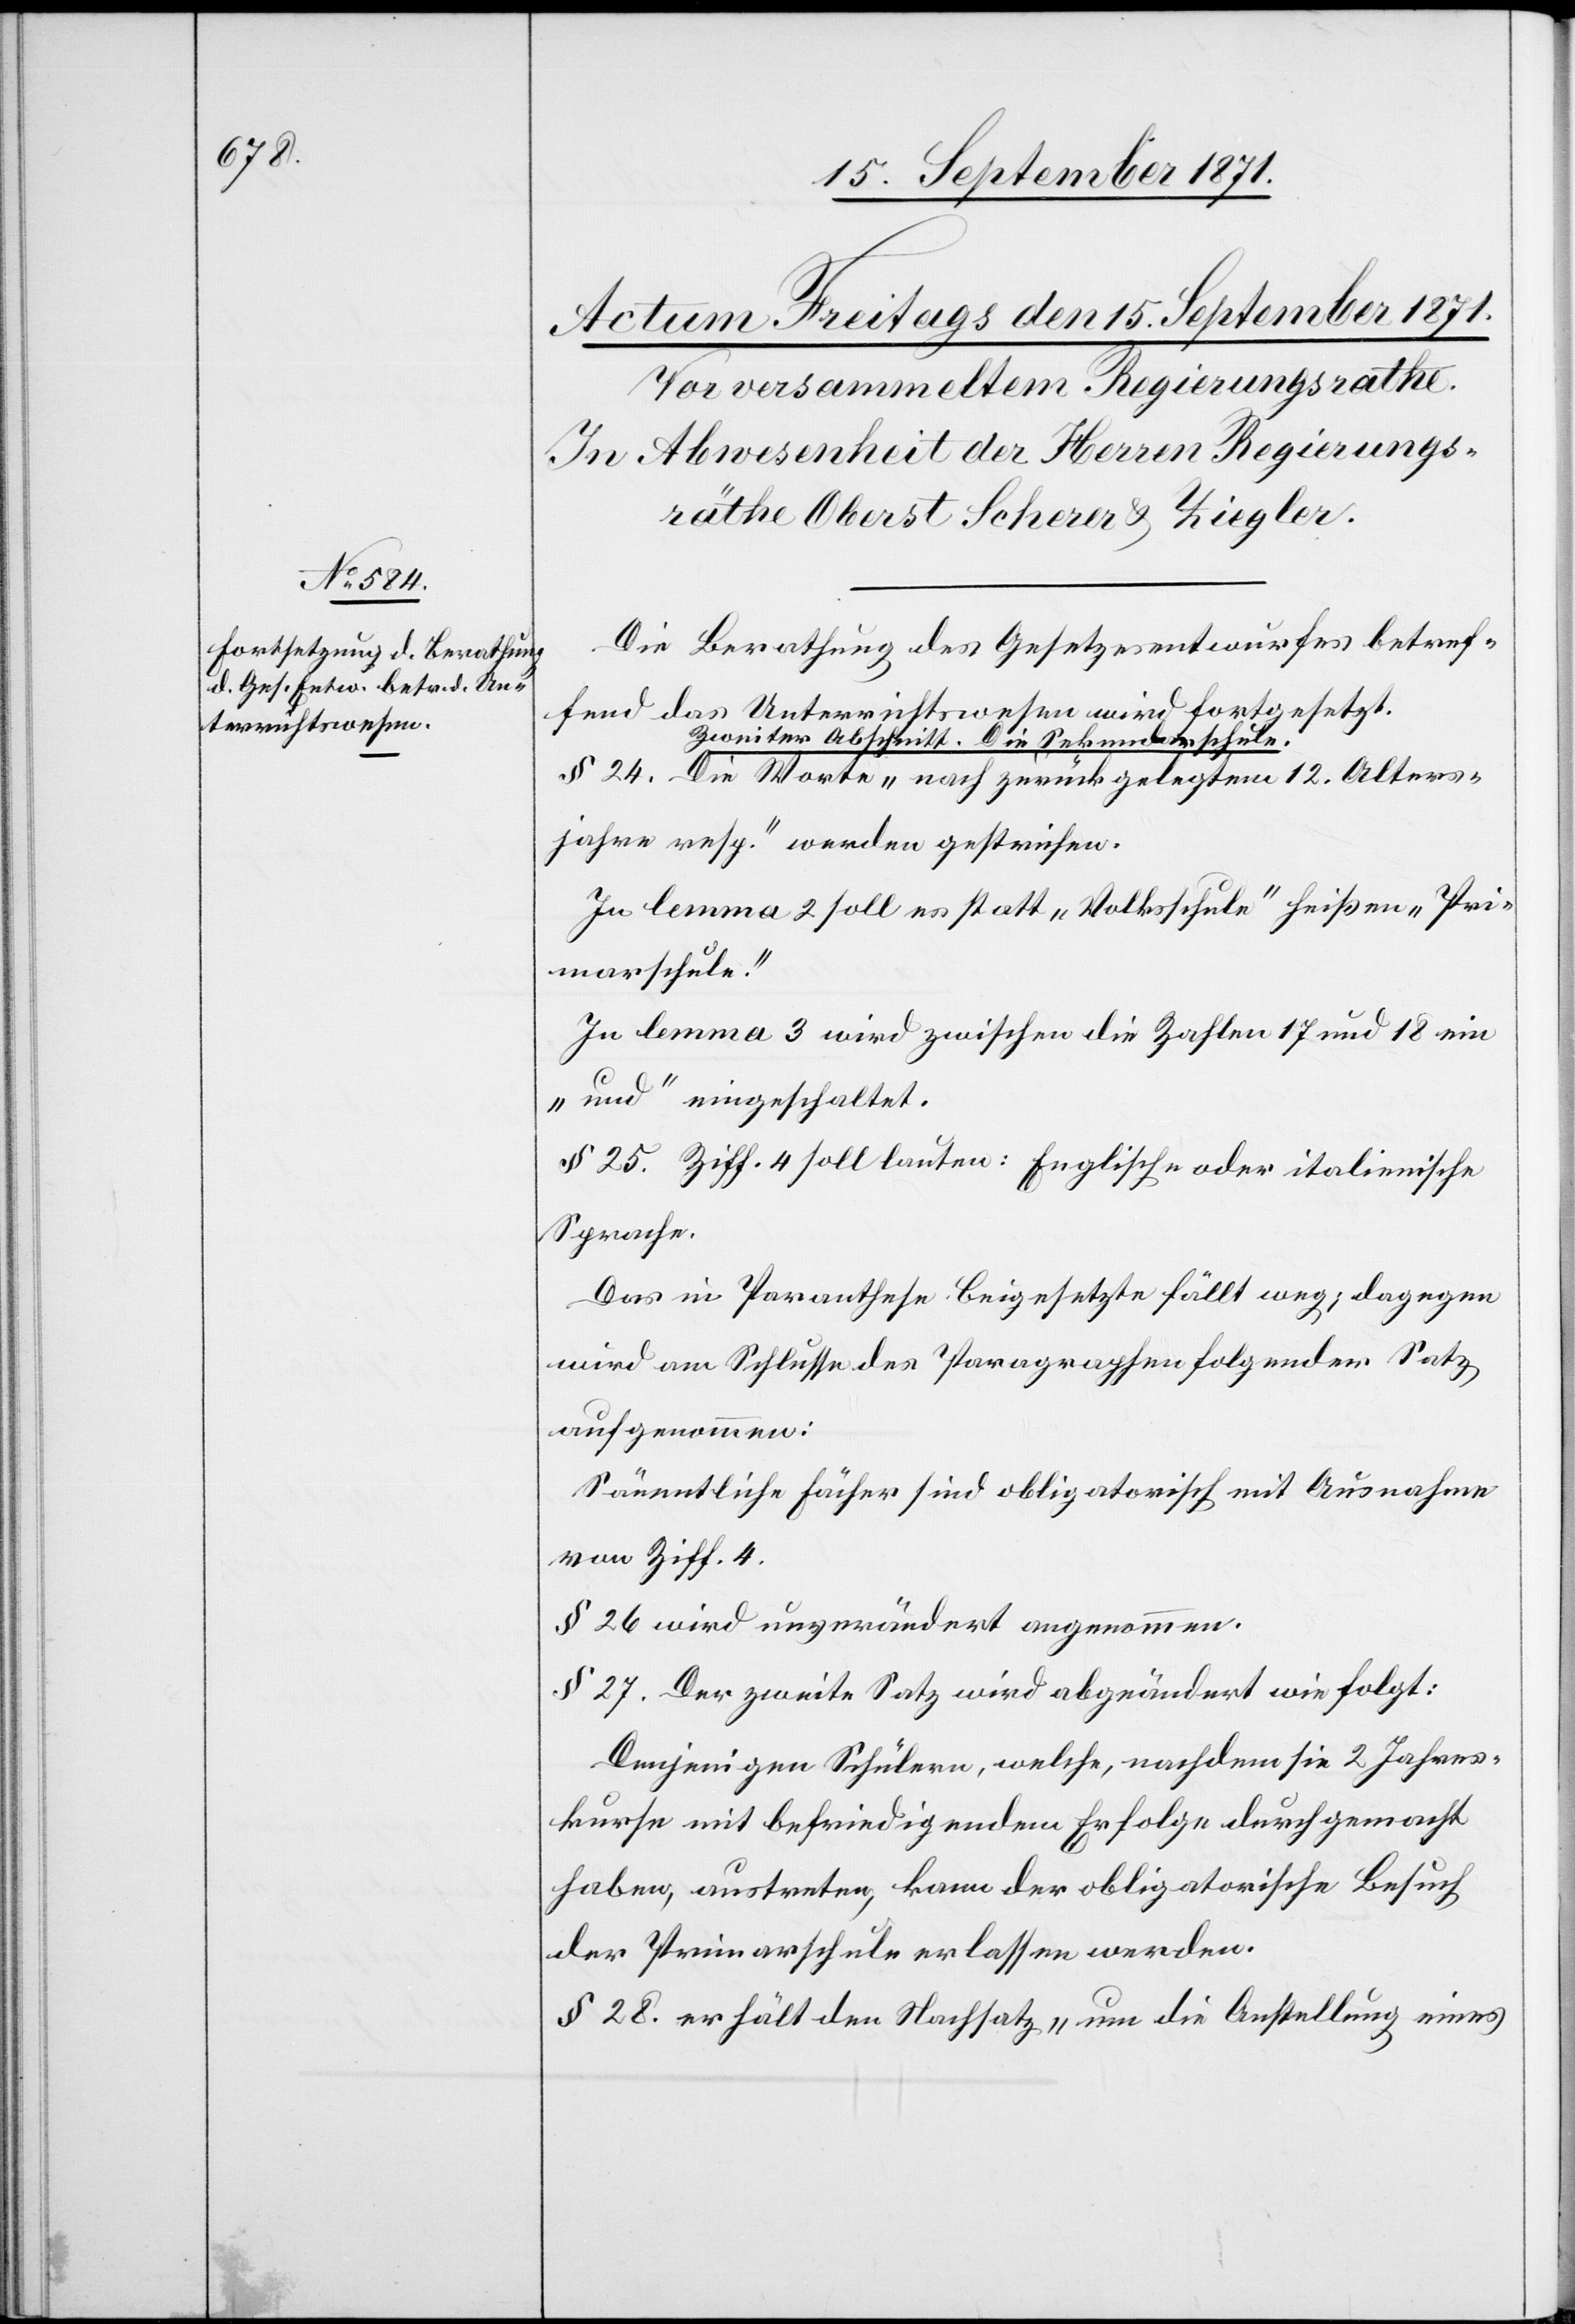
Die Berathung des Gesetzesentwurfes betref¬
fend das Unterrichtswesen wird fortgesetzt.
Zweiter Abschnitt. Die Sekundarschul¬
e. Die Worte „nach zurückgelegtem 12. Alters¬
jahre resp.“ werden gestrichen.
In lemma 2 soll es statt „Volksschule“ heißen „Pri¬
marschule.“
In lemma 3 wird zwischen die Zahlen 17 und 18 ein
„und“ eingeschaltet.
§ 25. Ziff. 4 soll lauten: Englische oder italienische
Sprache.
Das in Parenthese beigesetzte fällt weg; dagegen
wird am Schlusse des Paragraphen folgender Satz
aufgenommen:
Sämmtliche Fächer sind obligatorisch mit Ausnahme
von Ziff. 4.
§ 26 wird unverändert angenommen.
§ 27. Der zweite Satz wird abgeändert wie folgt:
Denjenigen Schülern, welche, nachdem sie 2 Jahres¬
kurse mit befriedigendem Erfolge durchgemacht
haben, austreten, kann der obligatorische Besuch
der Primarschule erlassen werden.
§ 28. Erhält den Nachsatz „um die Aufstellung eines